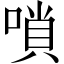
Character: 嗩